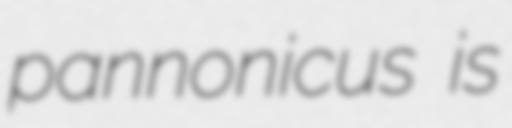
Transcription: pannonicus is